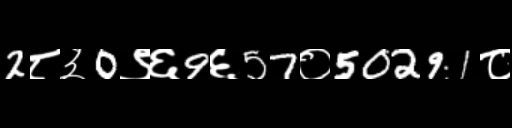
Text: 2८३0९६9६57०50291८